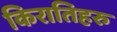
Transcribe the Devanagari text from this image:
किरातिहरु